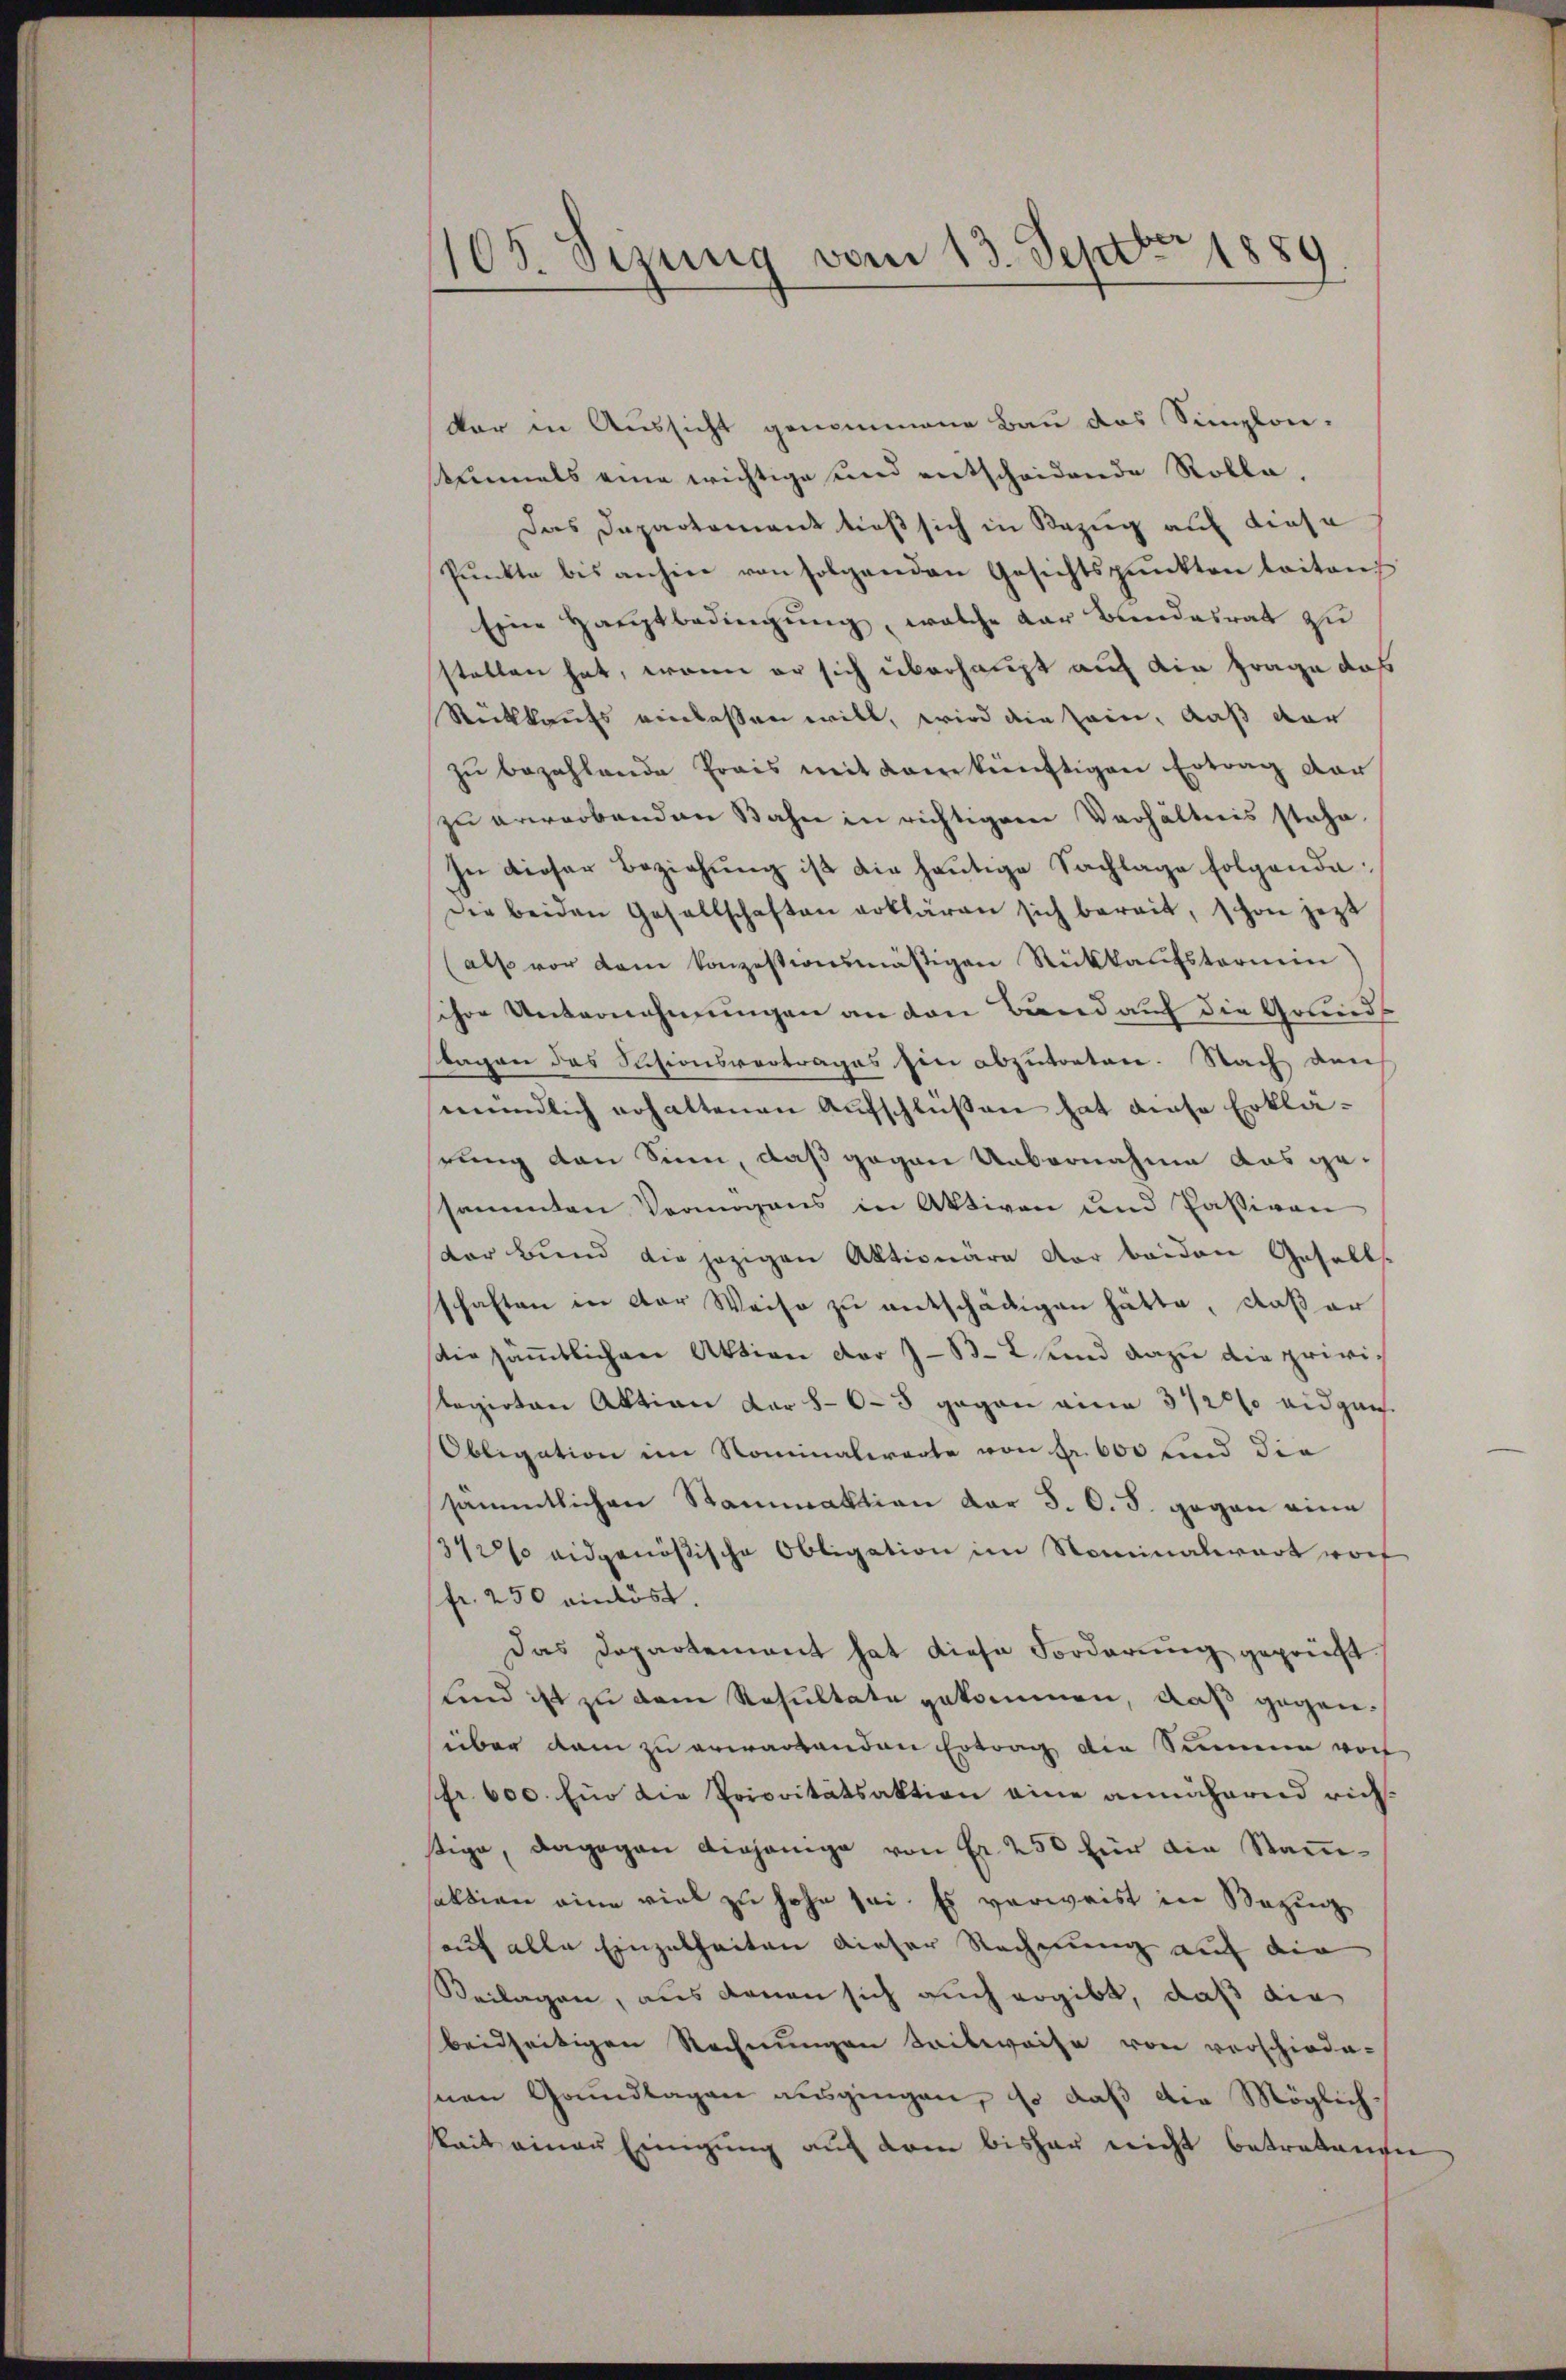
105. Sizung vom 13. Septbr 1889

kar in Aussicht genommene Bau das Simplon-
einmals eine wichtige und entscheidende Rolle.
Das Departement tieß sich in Bezug auf diese
Pŭnkte bis anhin von folgenden Gesichtspunkten leiten
Eine Hauptbedingung, welche der Bandesrat zu
stellen hat, wenn er sich überhaupt auf die Frage das
Rückkaufs einlassen will, wird die sein, daß dar
zŭ bezahlende Preis mit dem künftigen Ertrag der
zu erwerbenden Bahn in richtiger Verhältnis stehe.
In dieser Beziehung ist die heutige Sachlage folgende
Die beiden Gesellschaften erklären sich bereit, schon jezt
(also vor dem konzessionsmäßigen Rückkaufsternein)
ihre Unternehmungen an den Band auf die Grunds
stagen des Scisionsvertrages hin abzutreten. Nach den
mündlich erhaltenen Aufschlüßen hat diese Erklästung von Sinn, daß gegen Uebernahme aus gesammten Vermögens in Aktiven und Passiven
der Bund die jezigen Aktionäre der beiden Gesells
schaften in der Weise zu entschädigen hätte, daß er
die sämmtlichen Aktion der B. 2. und dazu die privitegirten Aktion dar 865 gegen eine 372 eidgan
Obligation im Nominalerarte von Fr. 600 und die
sämmtlichen Stanaktion der S. O. S. gegen eine
342% eidgenößische Obligation im Nominalwart worf
fr. 250 einlöst.
Das Departement hat diese Forderung geprüft
Kind ist zu dem Resultate gekommen, daß gegenüber kam zu erwartenden Ertrag die Summe vor
fr. 600. Ein die Prioritätsaktion eine annähernd richstige, dagegen diejenige von Fr. 250 für die Stammsaktion eine viel zu hohe sei. Es verweist in Bezing
auf alle Einzelheiten dieser Rechnung auf die
Beilagen, aus denen sich auch ergibt, daß die
beidseitigen Rechnungen Seilweise von verschiede-
nen Grundlagen ausgingen, so daß die Möglichskeit einen Einigung auf dem bisher nicht betretenden